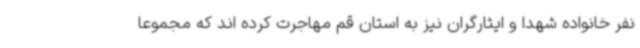
نفر خانواده شهدا و ایثارگران نیز به استان قم مهاجرت کرده اند که مجموعا